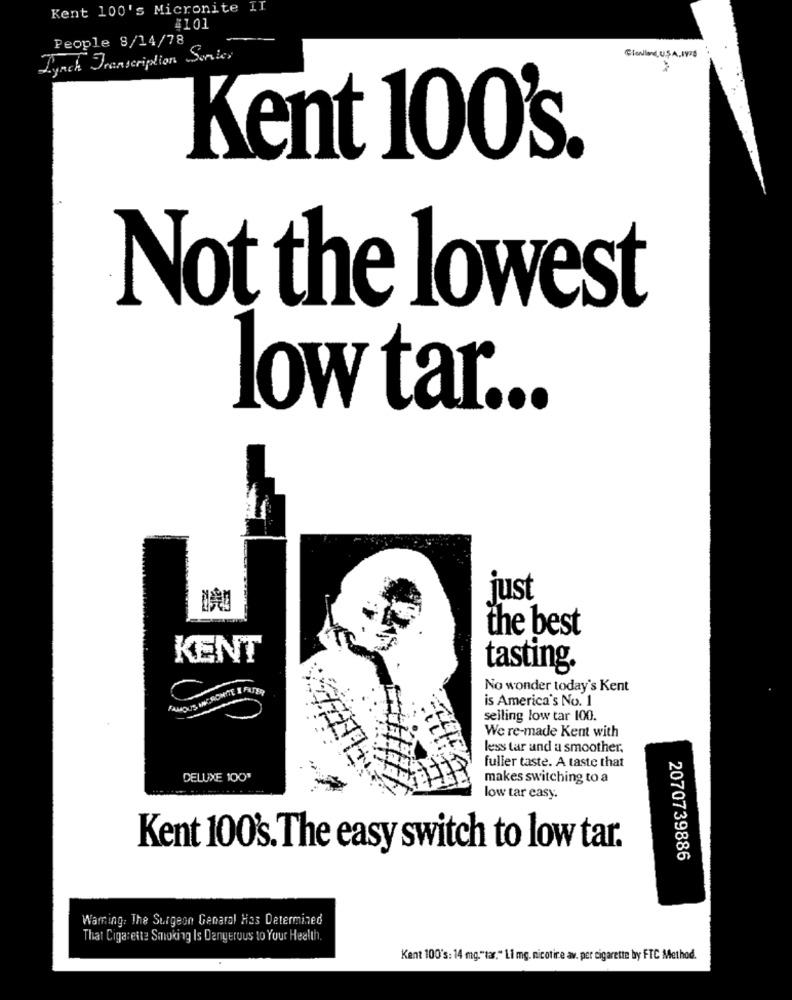
Kent 100's Micronite II
#101
People 8/14/78
Lynch Transcription Series
Gianland, U.S.A, 1928
Kent 100's.
Not the lowest
low tar ...
just
the best
KENT
tasting.
FAMOUS ANERONCE I FATER
No wonder today's Kent
is America's No. 1
selling low tar 100.
We re-made Kent with
less tar and a smoother,
fuller taste. A taste that
DELUXE 100'
makes switching to a
low tar easy.
Kent 100's. The easy switch to low tar.
2070739886
Warning. The Surgeon General Has Determined
That Cigarette Smoking Is Dangerous to Your Health.
Kent 100's: 14 mg."tar." Li mg. nicotine av. per cigarette by FTC Method.